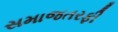
સમાજતરફી